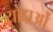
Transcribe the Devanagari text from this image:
योद्दाओं